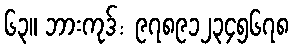
၆၃။ ဘားကုဒ်: ၉၇၈၉၁၂၃၄၅၆၇၈